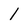
Character: l